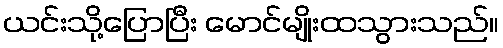
ယင်းသို့ပြောပြီး မောင်မျိုးထသွားသည်။